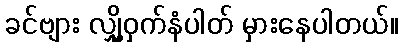
ခင်ဗျား လျှို့ဝှက်နံပါတ် မှားနေပါတယ်။